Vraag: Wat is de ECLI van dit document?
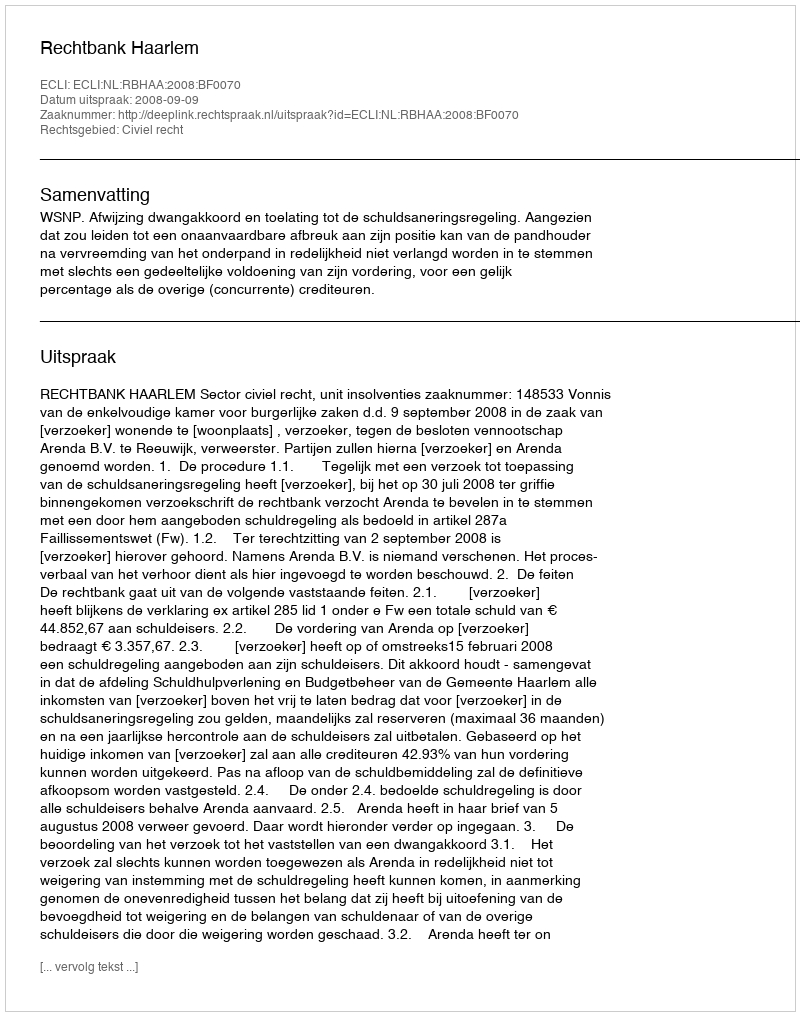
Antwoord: ECLI:NL:RBHAA:2008:BF0070